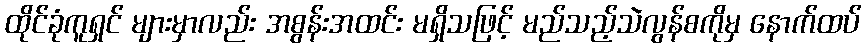
ထိုင်ခုံကူရှင် များမှာလည်း အစွန်းအထင်း မရှိသဖြင့် မည်သည့်သဲလွန်စကိုမှ နောက်ထပ်